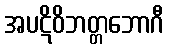
အပဋိဝိဘတ္တဘောဂီ